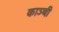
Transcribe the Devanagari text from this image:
काञ्ची